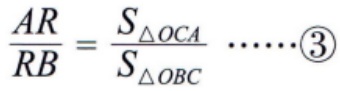
$\frac{AR}{RB}=\frac{S_{\triangle OCA}}{S_{\triangle OBC}}\cdots\cdots\textcircled{3}$